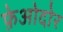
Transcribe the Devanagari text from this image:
फ़ेओदोर